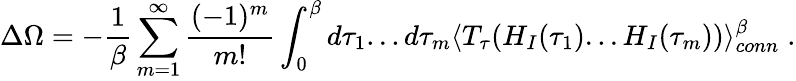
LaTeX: \Delta\Omega=-{\frac{1}{\beta}}\sum_{m=1}^{\infty}\frac{(-1)^{m}}{m!}\int_{0}^{\beta}d\tau_{1}...d\tau_{m}\langle T_{\tau}(H_{I}(\tau_{1})...H_{I}(\tau_{m}))\rangle_{conn}^{\beta}\; .